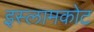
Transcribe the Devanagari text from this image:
इस्लामकोट